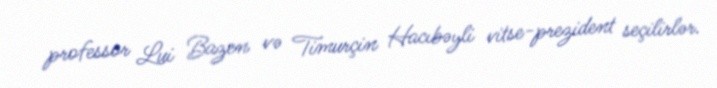
professor Lui Bazen və Timurçin Hacıbəyli vitse-prezident seçilirlər.